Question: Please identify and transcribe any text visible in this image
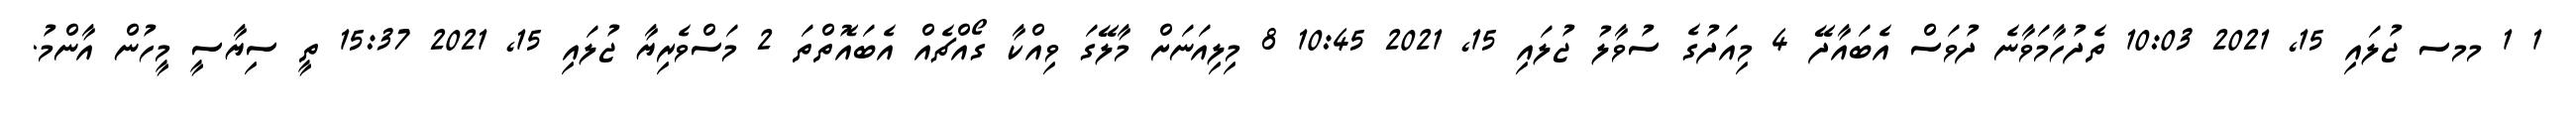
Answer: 1 1 މމސ ޖުލައި 15, 2021 10:03 ތެދުހާމަވާނެ ދުވަސް އެބައާދޭ 4 މިއަދުގެ ސުވާލު ޖުލައި 15, 2021 10:45 8 މިލިއަނަށް މާލޭގަ ވިއްކާ ގޯއްޗެއް އެބައޮތްތަ 2 މަސްވެރިޔާ ޖުލައި 15, 2021 15:37 ތީ ސިޔާސީ މީހުން އާންމު.